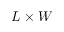
L \times W